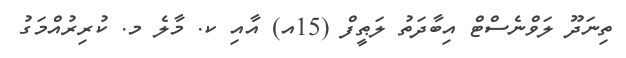
ތިނަދޫ ލަވްނެސްޓް އިބާދަތު ލަޠީފް (15އ) އާއި ކ. މާލެ މ. ކުރިރުއްމަގު